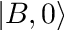
| B , 0 \rangle